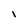
Character: 1